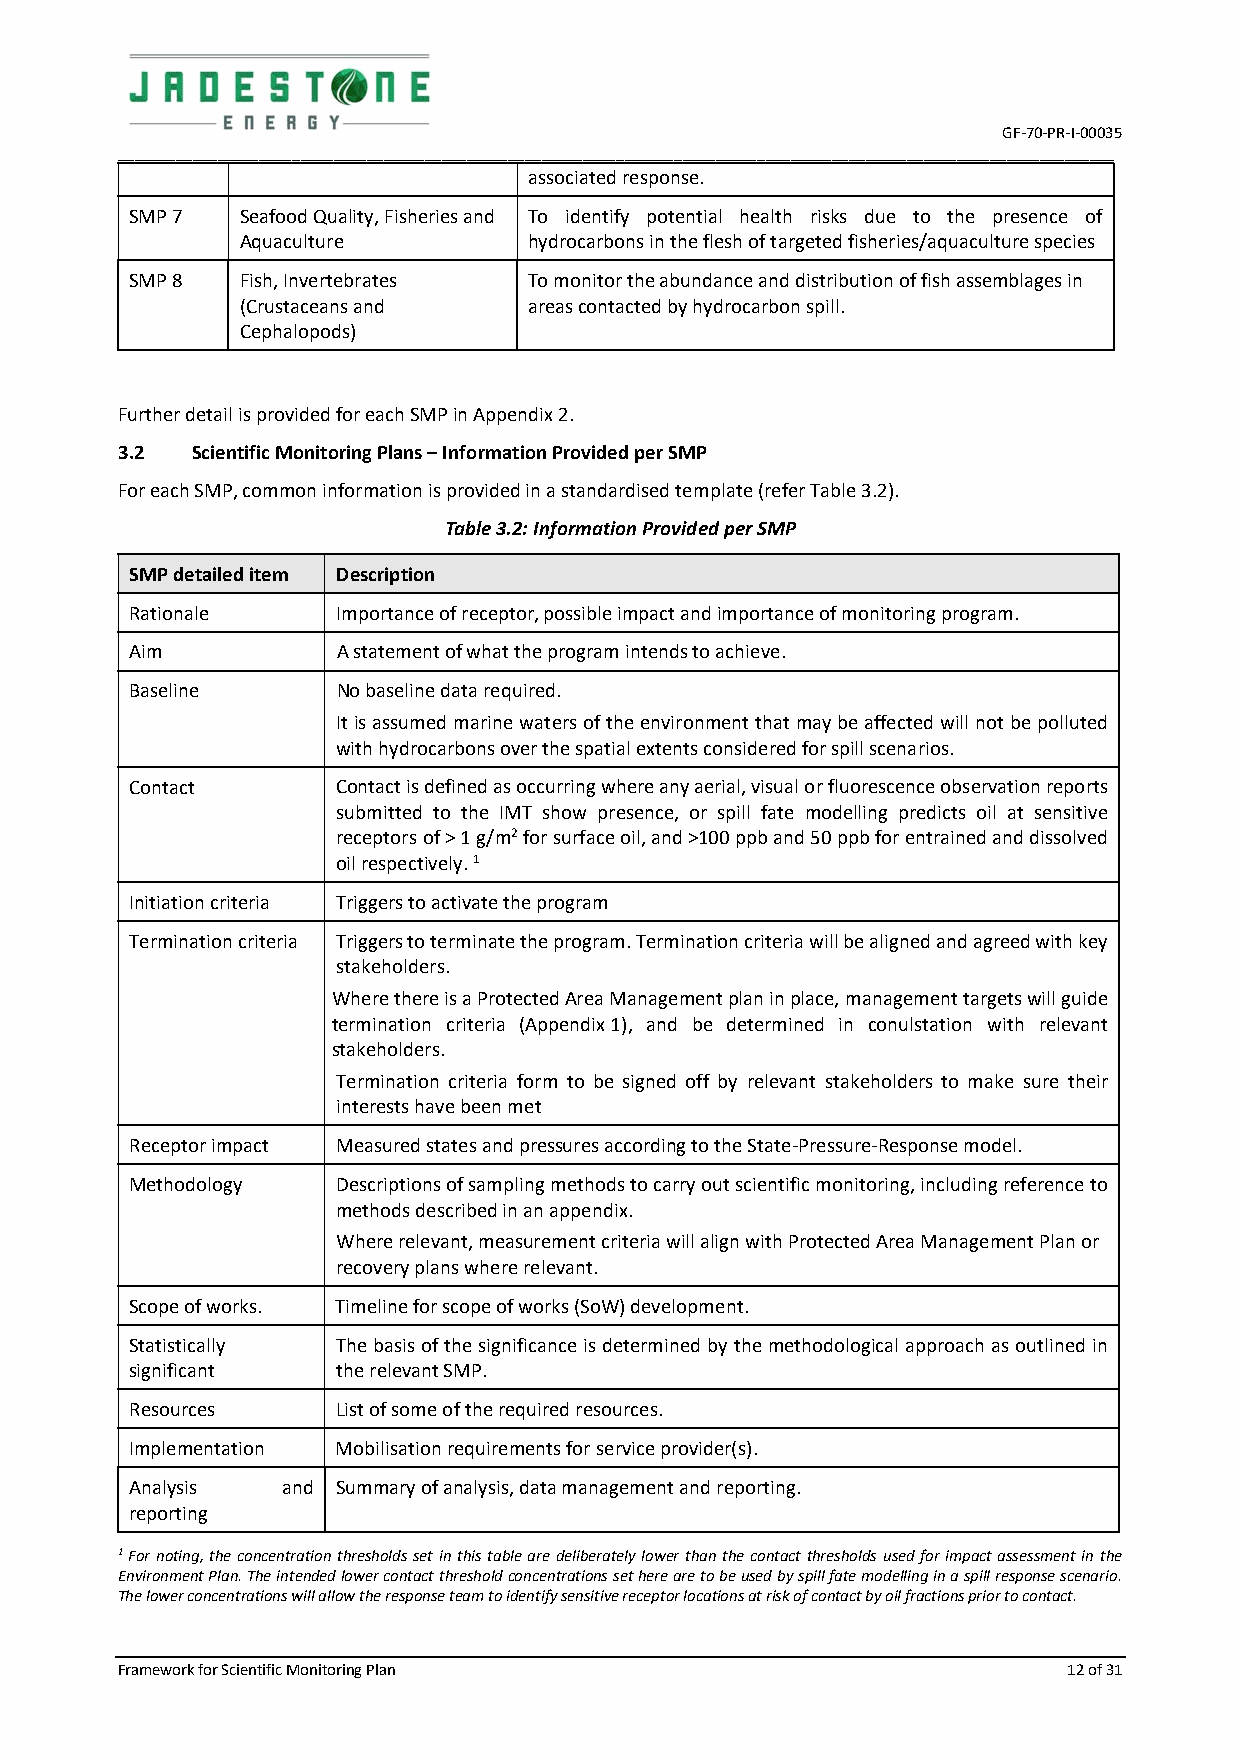
GF-70-PR-I-00035
 ________________________________________________________________________________________________________________________
 associated response.
 SMP 7  Seafood Quality, Fisheries and To identify potential health risks due to the presence of
 Aquaculture        hydrocarbons in the flesh of targeted fisheries/aquaculture species
 SMP 8  Fish, Invertebrates To monitor the abundance and distribution of fish assemblages in
 (Crustaceans and   areas contacted by hydrocarbon spill.
 Cephalopods)
 Further detail is provided for each SMP in Appendix 2.
 3.2  Scientific Monitoring Plans – Information Provided per SMP
 For each SMP, common information is provided in a standardised template (refer Table 3.2).
 Table 3.2: Information Provided per SMP
 SMP detailed item Description
 Rationale    Importance of receptor, possible impact and importance of monitoring program.
 Aim          A statement of what the program intends to achieve.
 Baseline     No baseline data required.
 It is assumed marine waters of the environment that may be affected will not be polluted
 with hydrocarbons over the spatial extents considered for spill scenarios.
 Contact      Contact is defined as occurring where any aerial, visual or fluorescence observation reports
 submitted to the IMT show presence, or spill fate modelling predicts oil at sensitive
 receptors of > 1 g/m2 for surface oil, and >100 ppb and 50 ppb for entrained and dissolved
 oil respectively. 1
 Initiation criteria Triggers to activate the program
 Termination criteria Triggers to terminate the program. Termination criteria will be aligned and agreed with key
 stakeholders.
 Where there is a Protected Area Management plan in place, management targets will guide
 termination criteria (Appendix 1), and be determined in conulstation with relevant
 stakeholders.
 Termination criteria form to be signed off by relevant stakeholders to make sure their
 interests have been met
 Receptor impact Measured states and pressures according to the State-Pressure-Response model.
 Methodology  Descriptions of sampling methods to carry out scientific monitoring, including reference to
 methods described in an appendix.
 Where relevant, measurement criteria will align with Protected Area Management Plan or
 recovery plans where relevant.
 Scope of works. Timeline for scope of works (SoW) development.
 Statistically The basis of the significance is determined by the methodological approach as outlined in
 significant  the relevant SMP.
 Resources    List of some of the required resources.
 Implementation Mobilisation requirements for service provider(s).
 Analysis  and Summary of analysis, data management and reporting.
 reporting
 1 For noting, the concentration thresholds set in this table are deliberately lower than the contact thresholds used for impact assessment in the
 Environment Plan. The intended lower contact threshold concentrations set here are to be used by spill fate modelling in a spill response scenario.
 The lower concentrations will allow the response team to identify sensitive receptor locations at risk of contact by oil fractions prior to contact.
 Framework for Scientific Monitoring Plan                       12 of 31